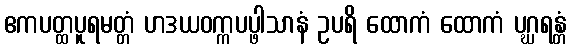
ဧကပတ္ထပူရမတ္တံ ဟဒယဝက္ကပပ္ဖါသာနံ ဥပရိ ထောကံ ထောကံ ပဂ္ဃရန္တံ